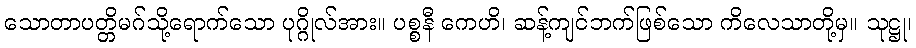
သောတာပတ္တိမဂ်သို့ရောက်သော ပုဂ္ဂိုလ်အား။ ပစ္စနီ ကေဟိ၊ ဆန့်ကျင်ဘက်ဖြစ်သော ကိလေသာတို့မှ။ သုဋ္ဌု၊